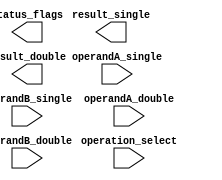
module FloatingPointALU (
    input [31:0] operandA_single,
    input [31:0] operandB_single,
    input [63:0] operandA_double,
    input [63:0] operandB_double,
    input [2:0] operation_select,
    output [31:0] result_single,
    output [63:0] result_double,
    output [2:0] status_flags
);

// Floating point ALU logic goes here

endmodule